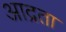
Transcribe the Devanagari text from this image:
आद्रता